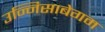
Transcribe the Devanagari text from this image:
उन्निसाबेगम